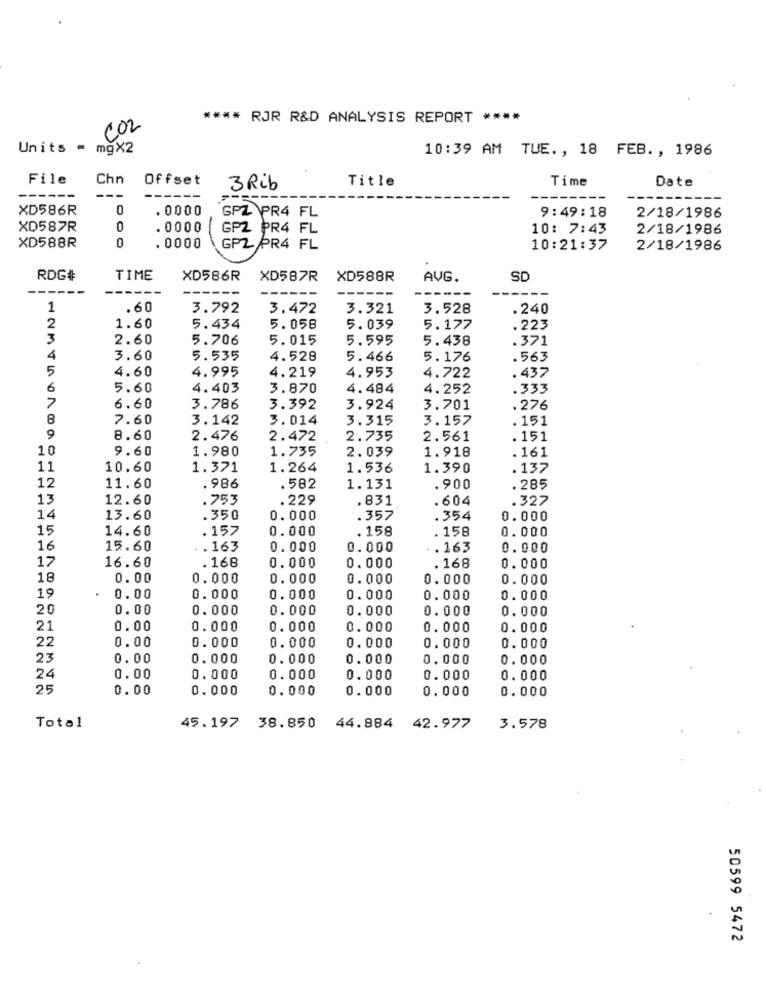
**** RJR R&D ANALYSIS REPORT ****
CO2
Units =
mgX2
10:39 AM TUE ., 18 FEB ., 1986
File
Chn
Offset
Title
Time
Date
3 Rib
----
---
--
---
XD586R
0
. 0000
GPZ PR4 FL
9:49:18
2/18/1986
XD587R
0
.0000
GPZ PR4 FL
10: 7:43
2/18/1986
XD588R
. 0000
GPL PR4 FL
10:21:37
2/18/1986
RDG#
TIME
XD586R
XD587R
XD588R
AVG.
SD
------
1
.60
3.792
3.472
3.321
3.528
.240
2
1.60
5.434
5.058
5.039
5.177
.223
3
2.60
5.706
5.015
5.595
5.438
.371
4
3.60
5.535
4.528
5.466
5.176
.563
5
4.60
4.995
4.219
4.953
4.722
.437
6
5.60
4.403
3.870
4.484
4.252
.333
7
6.60
3.786
3.392
3.924
3.701
.276
8
7.60
3.142
3.014
3.315
3.157
.151
9
8.60
2.476
2.472
2.735
2.561
. 151
10
9.60
1.980
1.735
2.039
1.918
. 161
11
10.60
1.371
1.264
1.536
1.390
.137
12
11.60
.986
.582
1.131
.900
. 285
13
12.60
.753
.229
. 831
. 604
.327
14
13.60
.350
0.000
.357
.354
0.000
15
14.60
.157
0.000
.158
. 158
0.000
16
15.60
.163
0.000
0.000
. 163
0.000
17
.168
0.000
0.000
16.60
. 168
0.000
18
0.00
0.000
0.000
0.000
0.000
0.000
19
0.00
0.000
0.000
0.000
0.000
0.000
20
0.00
0.000
0.000
0.000
0.000
0.000
21
0.00
0.000
0.000
0.000
0.000
0.000
22
0.00
0.000
0.000
0.000
0.000
0.000
23
0.00
0.000
0.000
0.000
0,000
0.000
24
0.00
0.000
0.000
0.000
0.000
0.000
25
0.00
0.000
0.000
0.000
0.000
0.000
Total
45.197
38.850 44.884
42.977
3.578
50599 5472